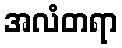
အလံတရာ